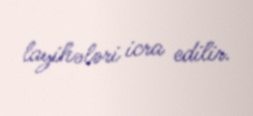
layihələri icra edilir.